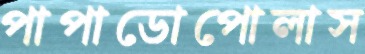
পাপাডোপোলাস